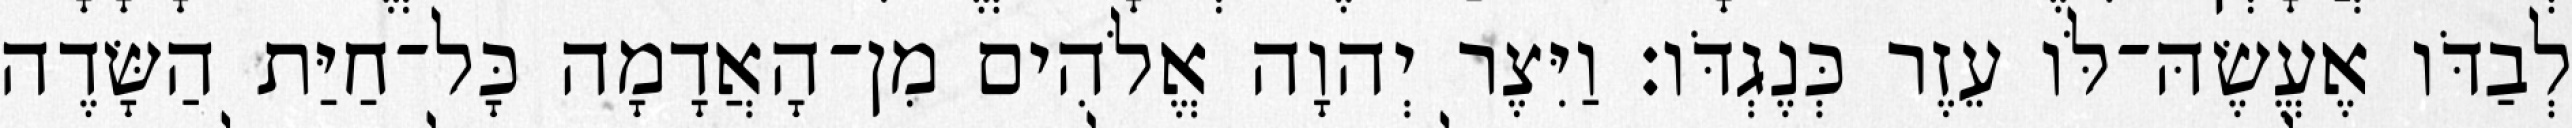
לְבַדֹּו אֶעֱשֶׂהּ־לֹּו עֵזֶר כְּנֶגְדֹּו׃ וַיִּצֶר יְהוָה אֱלֹהִים מִן־הָאֲדָמָה כָּל־חַיַּת הַשָּׂדֶה